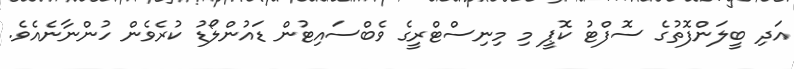
އަދި ބީލަންފޮތުގެ ސޮފްޓު ކޮޕީ މި މިނިސްޓްރީގެ ވެބްސައިޓުން ޑައުންލޯޑު ކުރެވެން ހުންނާނެއެވެ.